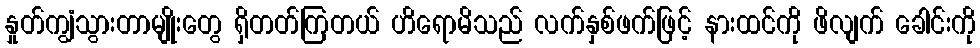
နှုတ်ကျွံသွားတာမျိုးတွေ ရှိတတ်ကြတယ် ဟိရောမိသည် လက်နှစ်ဖက်ဖြင့် နားထင်ကို ဖိလျက် ခေါင်းကို